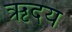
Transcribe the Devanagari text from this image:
ऋदय